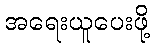
အရေးယူပေးဖို့